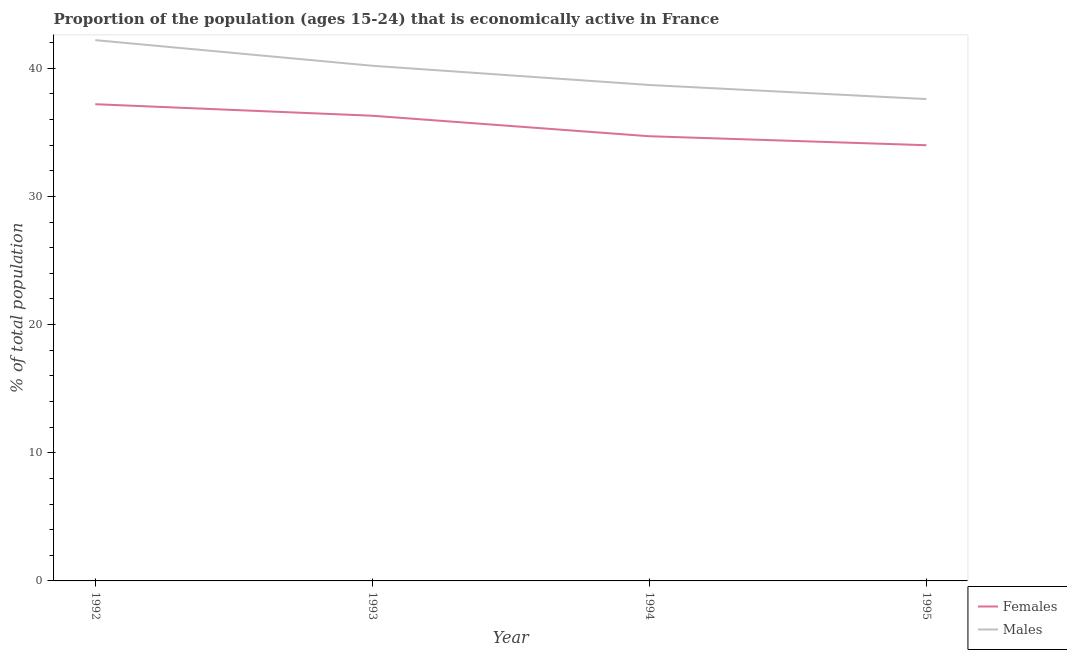
| Year | Females | Males |
 | --- | --- | --- |
 | 1992 | 37.2 | 42.2 |
 | 1993 | 36.3 | 40.2 |
 | 1994 | 34.7 | 38.7 |
 | 1995 | 34 | 37.6 |